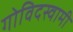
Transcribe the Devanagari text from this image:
गोविदस्वामी